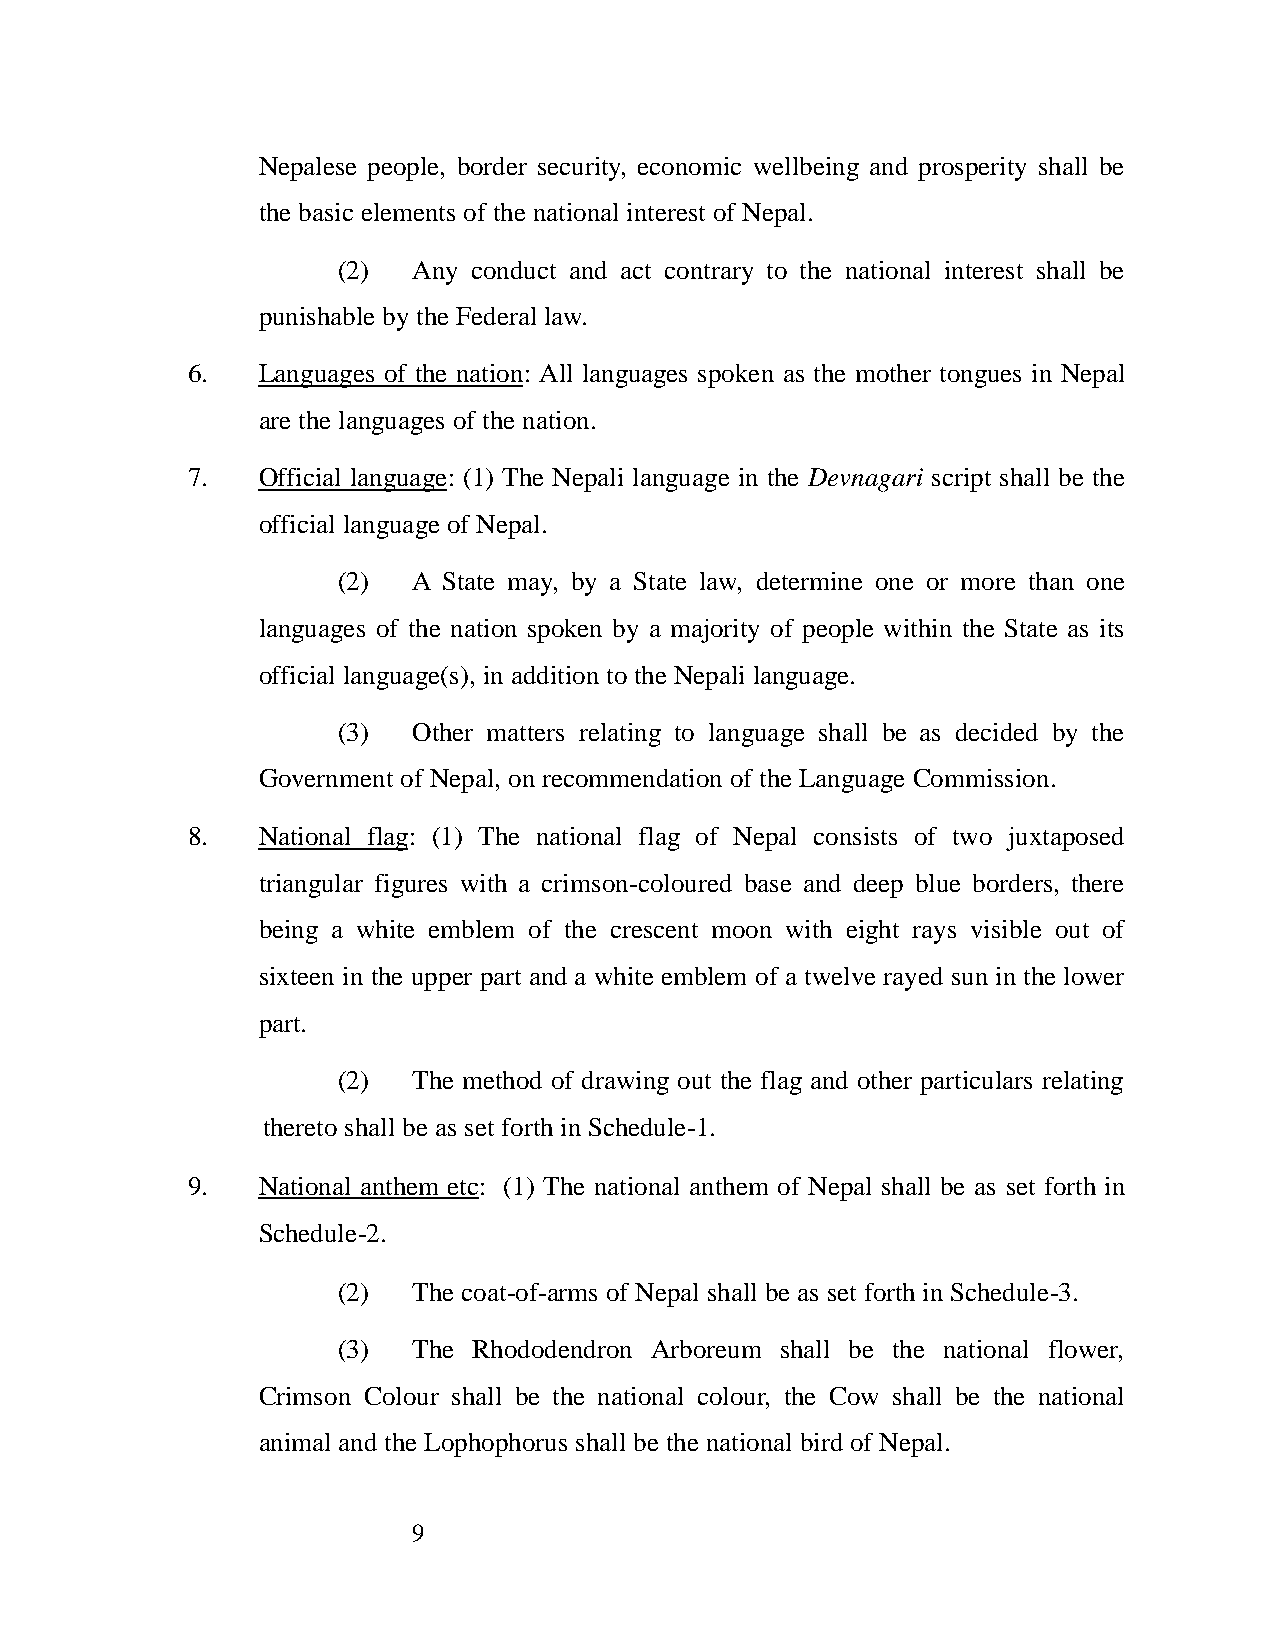
Nepalese people, border security, economic wellbeing and prosperity shall be
 the basic elements of the national interest of Nepal.
 (2)  Any conduct and act contrary to the national interest shall be
 punishable by the Federal law.
 6.   Languages of the nation: All languages spoken as the mother tongues in Nepal
 are the languages of the nation.
 7.   Official language: (1) The Nepali language in the Devnagari script shall be the
 official language of Nepal.
 (2)  A State may, by a State law, determine one or more than one
 languages of the nation spoken by a majority of people within the State as its
 official language(s), in addition to the Nepali language.
 (3)  Other matters relating to language shall be as decided by the
 Government of Nepal, on recommendation of the Language Commission.
 8.   National flag: (1) The national flag of Nepal consists of two juxtaposed
 triangular figures with a crimson-coloured base and deep blue borders, there
 being a white emblem of the crescent moon with eight rays visible out of
 sixteen in the upper part and a white emblem of a twelve rayed sun in the lower
 part.
 (2)  The method of drawing out the flag and other particulars relating
 thereto shall be as set forth in Schedule-1.
 9.   National anthem etc: (1) The national anthem of Nepal shall be as set forth in
 Schedule-2.
 (2)  The coat-of-arms of Nepal shall be as set forth in Schedule-3.
 (3)  The Rhododendron Arboreum shall be the national flower,
 Crimson Colour shall be the national colour, the Cow shall be the national
 animal and the Lophophorus shall be the national bird of Nepal.
 9